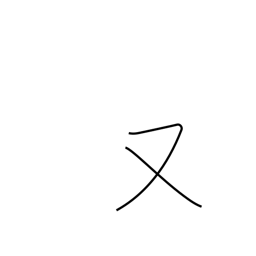
Meaning: or again